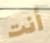
أنت